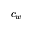
c _ { w }